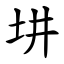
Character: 㘫